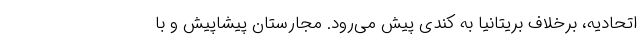
اتحادیه،‌ برخلاف بریتانیا به کندی پیش می‌رود. مجارستان پیشاپیش و با